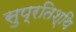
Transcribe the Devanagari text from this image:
सुप्रतिश्थि